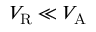
V _ { \mathrm { R } } \ll V _ { \mathrm { A } }